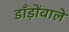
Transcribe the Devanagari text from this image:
डाँड़ोंवाले